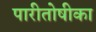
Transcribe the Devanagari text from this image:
पारीतोषीका